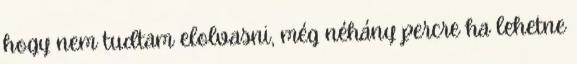
hogy nem tudtam elolvasni, még néhány percre ha lehetne